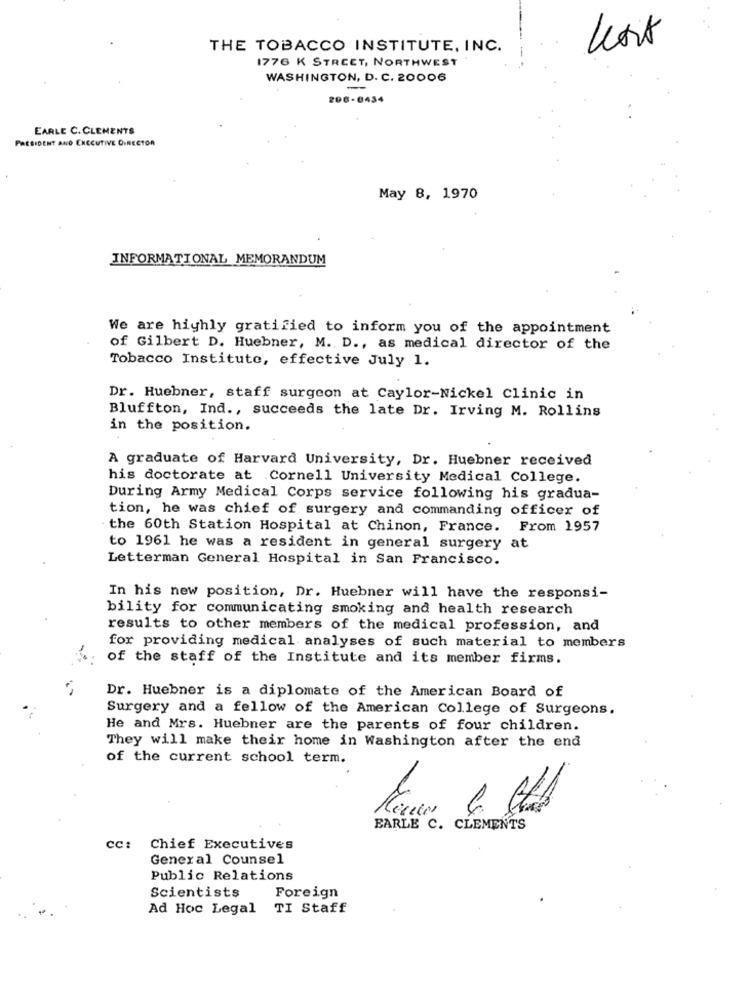
THE TOBACCO INSTITUTE, INC.
1776 K STREET, NORTHWEST
-
WASHINGTON, D. C. 20006
206-0434
EARLE C. CLEMENTS
PRESIDENT AND EXECUTIVE DIRECTOR
May 8, 1970
INFORMATIONAL MEMORANDUM
We are highly gratified to inform you of the appointment
of Gilbert D. Huebner, M. D ., as medical director of the
Tobacco Institute, effective July 1.
Dr. Huebner, staff surgeon at Caylor-Nickel Clinic in
Bluffton, Ind ., succeeds the late Dr. Irving M. Rollins
in the position.
A graduate of Harvard University, Dr. Huebner received
his doctorate at Cornell University Medical College.
During Army Medical Corps service following his gradua-
tion, he was chief of surgery and commanding officer of
the 60th Station Hospital at Chinon, France. From 1957
to 1961 he was a resident in general surgery at
Letterman General Hospital in San Francisco.
In his new position, Dr. Huebner will have the responsi-
bility for communicating smoking and health research
results to other members of the medical profession, and
for providing medical analyses of such material to members
of the staff of the Institute and its member firms.
Dr. Huebner is a diplomate of the American Board of
Surgery and a fellow of the American College of Surgeons.
He and Mrs. Huebner are the parents of four children.
They will make their home in Washington after the end
of the current school term.
EARLE C. CLEMENTS
CC:
Chief Executives
General Counsel
Public Relations
Scientists
Foreign
Ad Hoc Legal
TI Staff